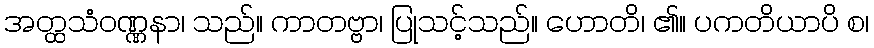
အတ္ထသံဝဏ္ဏနာ၊ သည်။ ကာတဗ္ဗာ၊ ပြုသင့်သည်။ ဟောတိ၊ ၏။ ပကတိယာပိ စ၊